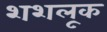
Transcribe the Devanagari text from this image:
शशलूक